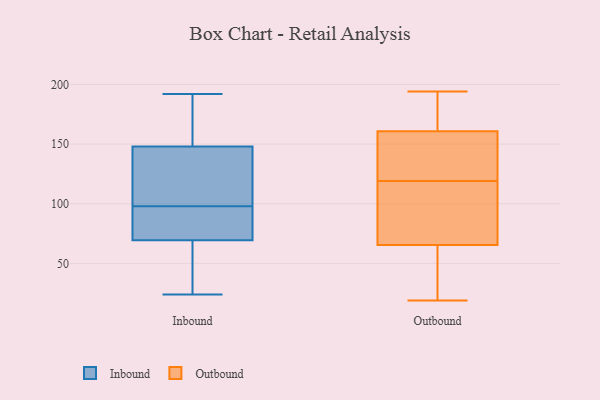
{"axis": {"x": "Budget (USD K)", "y": "Value"}, "legend": ["Inbound", "Outbound"], "data": [{"x": "", "y": 56, "type": "Inbound"}, {"x": "", "y": 148, "type": "Inbound"}, {"x": "", "y": 189, "type": "Inbound"}, {"x": "", "y": 154, "type": "Inbound"}, {"x": "", "y": 87, "type": "Inbound"}, {"x": "", "y": 106, "type": "Inbound"}, {"x": "", "y": 61, "type": "Inbound"}, {"x": "", "y": 98, "type": "Inbound"}, {"x": "", "y": 24, "type": "Inbound"}, {"x": "", "y": 148, "type": "Inbound"}, {"x": "", "y": 136, "type": "Inbound"}, {"x": "", "y": 76, "type": "Inbound"}, {"x": "", "y": 69, "type": "Inbound"}, {"x": "", "y": 154, "type": "Inbound"}, {"x": "", "y": 120, "type": "Inbound"}, {"x": "", "y": 192, "type": "Inbound"}, {"x": "", "y": 88, "type": "Inbound"}, {"x": "", "y": 48, "type": "Inbound"}, {"x": "", "y": 71, "type": "Inbound"}, {"x": "", "y": 119, "type": "Outbound"}, {"x": "", "y": 64, "type": "Outbound"}, {"x": "", "y": 131, "type": "Outbound"}, {"x": "", "y": 163, "type": "Outbound"}, {"x": "", "y": 112, "type": "Outbound"}, {"x": "", "y": 176, "type": "Outbound"}, {"x": "", "y": 88, "type": "Outbound"}, {"x": "", "y": 63, "type": "Outbound"}, {"x": "", "y": 55, "type": "Outbound"}, {"x": "", "y": 160, "type": "Outbound"}, {"x": "", "y": 121, "type": "Outbound"}, {"x": "", "y": 137, "type": "Outbound"}, {"x": "", "y": 194, "type": "Outbound"}, {"x": "", "y": 66, "type": "Outbound"}, {"x": "", "y": 19, "type": "Outbound"}, {"x": "", "y": 174, "type": "Outbound"}, {"x": "", "y": 113, "type": "Outbound"}]}